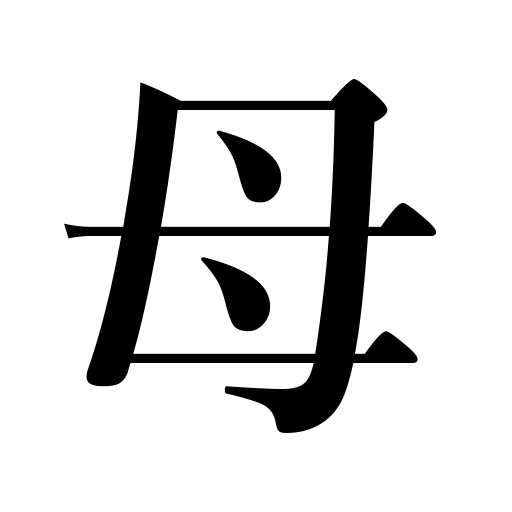
Meanings: mother,motive,cause